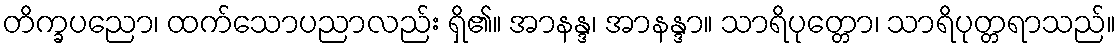
တိက္ခပညော၊ ထက်သောပညာလည်း ရှိ၏။ အာနန္ဒ၊ အာနန္ဒာ။ သာရိပုတ္တော၊ သာရိပုတ္တရာသည်။